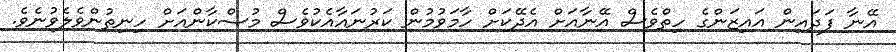
އޭނާ ފަދައިން އައިޒަންގެ ހިތްވެސް އޭނާއަށް އެދޭކަށް ހާމަވުމުން ކަރުނައާއެކުވެސް މުސްކާންއަށް ހިނިތުންވެލެވުނެވެ.